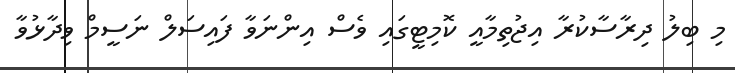
މި ބިލު ދިރާސާކުރާ އިޖުތިމާއީ ކޮމިޓީގައި ވެސް އިންނަވާ ފައިސަލް ނަސީމް ވިދާޅުވާ